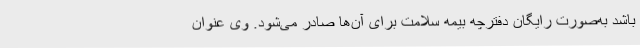
باشد به‌صورت رایگان دفترچه بیمه سلامت برای آن‌ها صادر می‌شود. وی عنوان